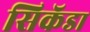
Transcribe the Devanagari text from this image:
सिकॅडा